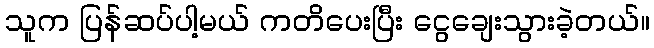
သူက ပြန်ဆပ်ပါ့မယ် ကတိပေးပြီး ငွေချေးသွားခဲ့တယ်။